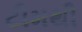
ટીમથી